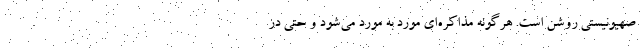
صهيونيستي روشن است. هرگونه مذاكره‌اي مورد به مورد مي‌شود و حتي در